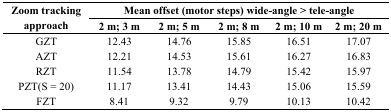
<table><thead><tr><td rowspan="3"><b>Zoom tracking approach</b></td><td colspan="5"><b>Mean offset (motor steps) wide-angle &gt; tele-angle</b></td></tr><tr><td><b>2 m; 3 m</b></td><td><b>2 m; 5 m</b></td><td><b>2 m; 8 m</b></td><td><b>2 m; 10 m</b></td><td><b>2 m; 20 m</b></td></tr></thead><tbody><tr><td>GZT</td><td>12.43</td><td>14.76</td><td>15.85</td><td>16.51</td><td>17.07</td></tr><tr><td>AZT</td><td>12.21</td><td>14.53</td><td>15.61</td><td>16.27</td><td>16.83</td></tr><tr><td>RZT</td><td>11.54</td><td>13.78</td><td>14.79</td><td>15.42</td><td>15.97</td></tr><tr><td>PZT(S = 20)</td><td>11.17</td><td>13.41</td><td>14.43</td><td>15.06</td><td>15.59</td></tr><tr><td>FZT</td><td>8.41</td><td>9.32</td><td>9.79</td><td>10.13</td><td>10.42</td></tr></tbody></table>